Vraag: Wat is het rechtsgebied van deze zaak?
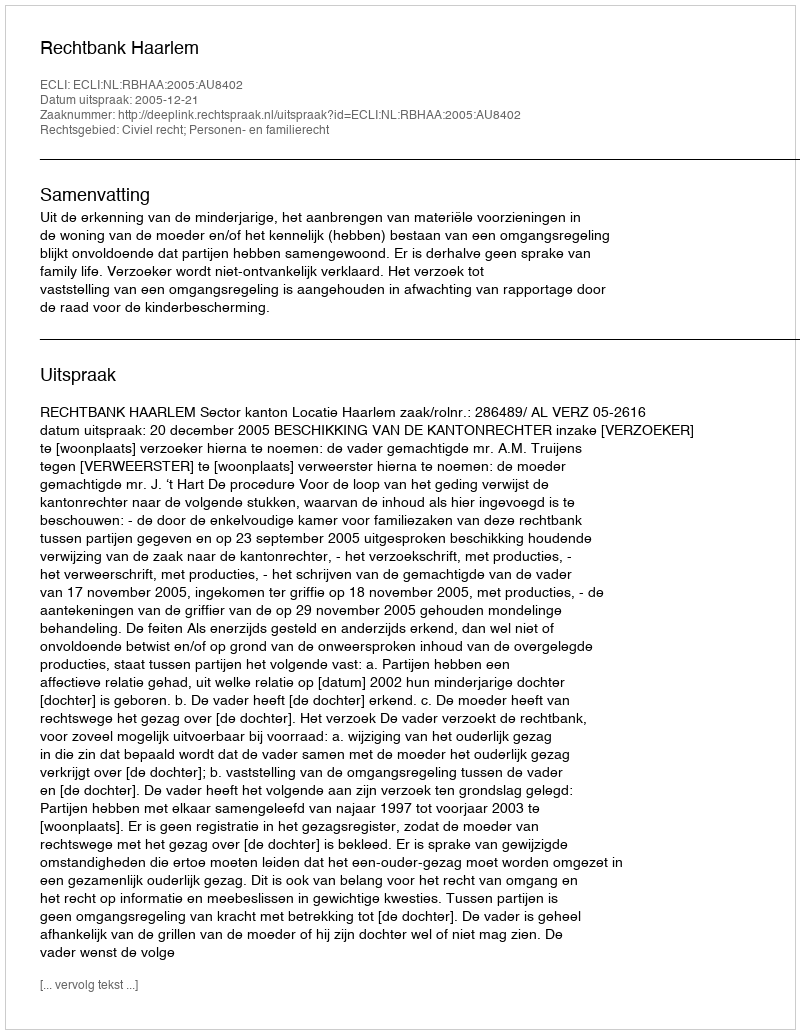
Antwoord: Civiel recht; Personen- en familierecht